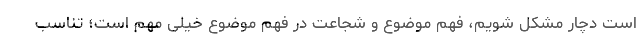
است دچار مشکل شویم، فهم موضوع و شجاعت در فهم موضوع خیلی مهم است؛ تناسب